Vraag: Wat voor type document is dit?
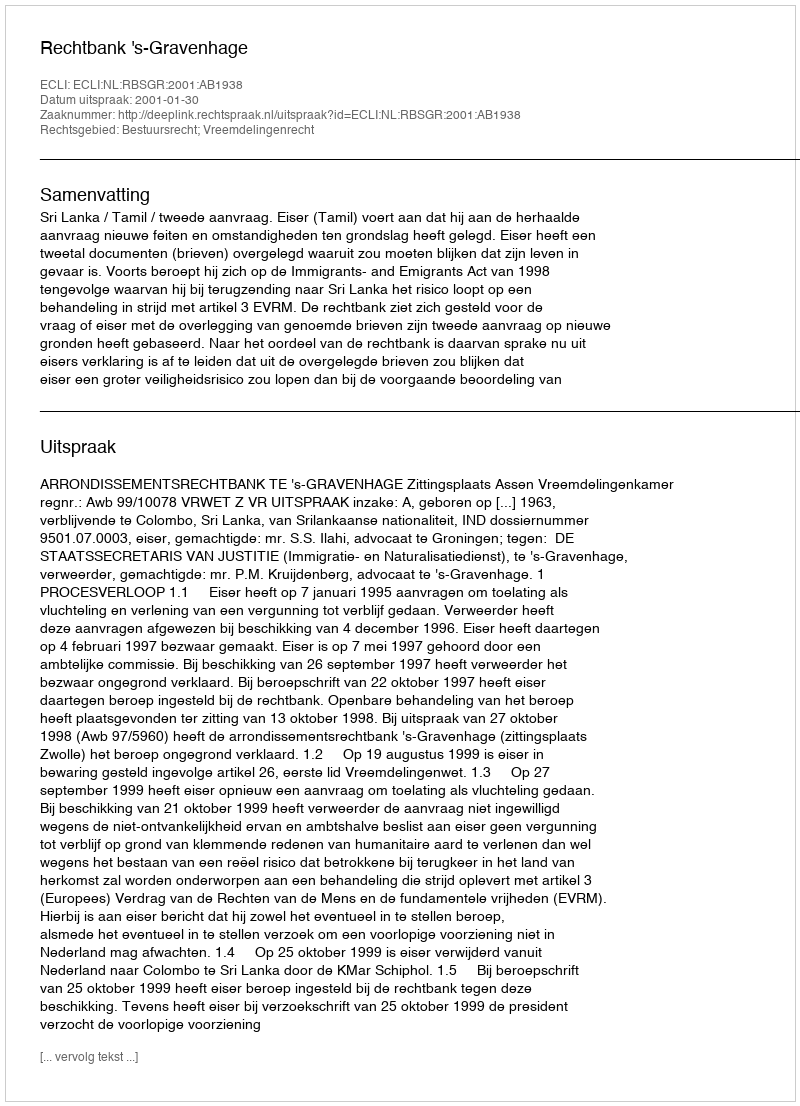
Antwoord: Uitspraak